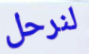
لنرحل